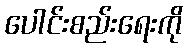
ပေါင်းစည်းရေးကို